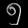
Digit: ၅